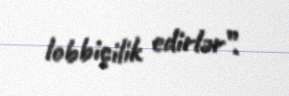
lobbiçilik edirlər”.